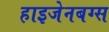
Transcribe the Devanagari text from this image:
हाइजेनबग्स